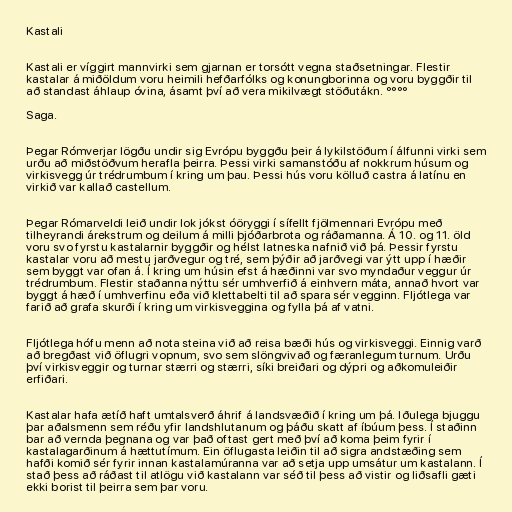
Kastali

Kastali er víggirt mannvirki sem gjarnan er torsótt vegna staðsetningar. Flestir
kastalar á miðöldum voru heimili hefðarfólks og konungborinna og voru byggðir til
að standast áhlaup óvina, ásamt því að vera mikilvægt stöðutákn. °°°°

Saga.

Þegar Rómverjar lögðu undir sig Evrópu byggðu þeir á lykilstöðum í álfunni virki sem
urðu að miðstöðvum herafla þeirra. Þessi virki samanstóðu af nokkrum húsum og
virkisvegg úr trédrumbum í kring um þau. Þessi hús voru kölluð castra á latínu en
virkið var kallað castellum.

Þegar Rómarveldi leið undir lok jókst óöryggi í sífellt fjölmennari Evrópu með
tilheyrandi árekstrum og deilum á milli þjóðarbrota og ráðamanna. Á 10. og 11. öld
voru svo fyrstu kastalarnir byggðir og hélst latneska nafnið við þá. Þessir fyrstu
kastalar voru að mestu jarðvegur og tré, sem þýðir að jarðvegi var ýtt upp í hæðir
sem byggt var ofan á. Í kring um húsin efst á hæðinni var svo myndaður veggur úr
trédrumbum. Flestir staðanna nýttu sér umhverfið á einhvern máta, annað hvort var
byggt á hæð í umhverfinu eða við klettabelti til að spara sér vegginn. Fljótlega var
farið að grafa skurði í kring um virkisveggina og fylla þá af vatni.

Fljótlega hófu menn að nota steina við að reisa bæði hús og virkisveggi. Einnig varð
að bregðast við öflugri vopnum, svo sem slöngvivað og færanlegum turnum. Urðu
því virkisveggir og turnar stærri og stærri, síki breiðari og dýpri og aðkomuleiðir
erfiðari.

Kastalar hafa ætíð haft umtalsverð áhrif á landsvæðið í kring um þá. Iðulega bjuggu
þar aðalsmenn sem réðu yfir landshlutanum og þáðu skatt af íbúum þess. Í staðinn
bar að vernda þegnana og var það oftast gert með því að koma þeim fyrir í
kastalagarðinum á hættutímum. Ein öflugasta leiðin til að sigra andstæðing sem
hafði komið sér fyrir innan kastalamúranna var að setja upp umsátur um kastalann. Í
stað þess að ráðast til atlögu við kastalann var séð til þess að vistir og liðsafli gæti
ekki borist til þeirra sem þar voru.